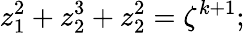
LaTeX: z_{1}^{2}+z_{2}^{3}+z_{2}^{2}=\zeta^{k+1};